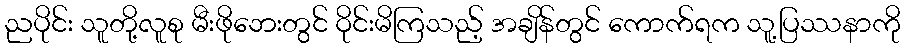
ညပိုင်း သူတို့လူစု မီးဖိုဘေးတွင် ဝိုင်းမိကြသည့် အချိန်တွင် ကောက်ရက သူ့ပြဿနာကို